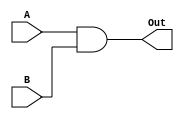
`timescale 1ns / 1ps
//////////////////////////////////////////////////////////////////////////////////
// ECE369 - Computer Architecture
// Name: Andrew Camps
// Module Name: And
//////////////////////////////////////////////////////////////////////////////////


module And(A, B, Out);

    input A, B;
    output reg Out;
    
    always @(*) begin
        Out <= A & B;
    end
    
endmodule